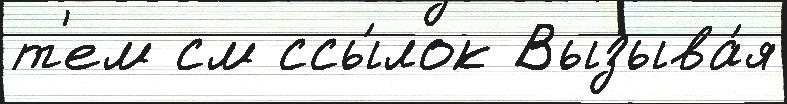
т'ем см ссы́лок Вызыва́я